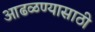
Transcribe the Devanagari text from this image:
आढळण्यासाठी